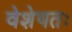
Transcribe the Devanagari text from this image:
वेशेषतः